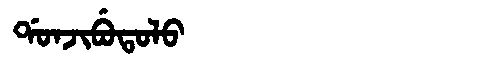
Manchu: ᡩᠣᠨᠵᡳᠪᡠᡨᠣᠯᠣ
Romanization: DONJIBUTOLO